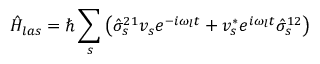
\hat { H } _ { l a s } = \hbar \sum _ { s } \left( \hat { \sigma } _ { s } ^ { 2 1 } v _ { s } e ^ { - i \omega _ { l } t } + v _ { s } ^ { * } e ^ { i \omega _ { l } t } \hat { \sigma } _ { s } ^ { 1 2 } \right)